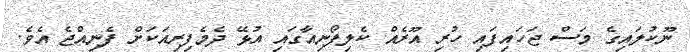
ނޫކުލައިގެ މަސް ޖަހައިފައި ހުރި އޫރެއް ކެލިފޯނިއާގައި އުޅޭ ދެމެފިރިއަކަށް ފެނިއްޖެ އެވެ.